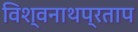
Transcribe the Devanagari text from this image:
विश्वनाथप्रताप